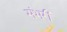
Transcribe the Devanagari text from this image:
संभरी